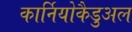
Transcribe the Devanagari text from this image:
कार्नियोकैडुअल